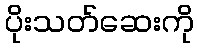
ပိုးသတ်ဆေးကို